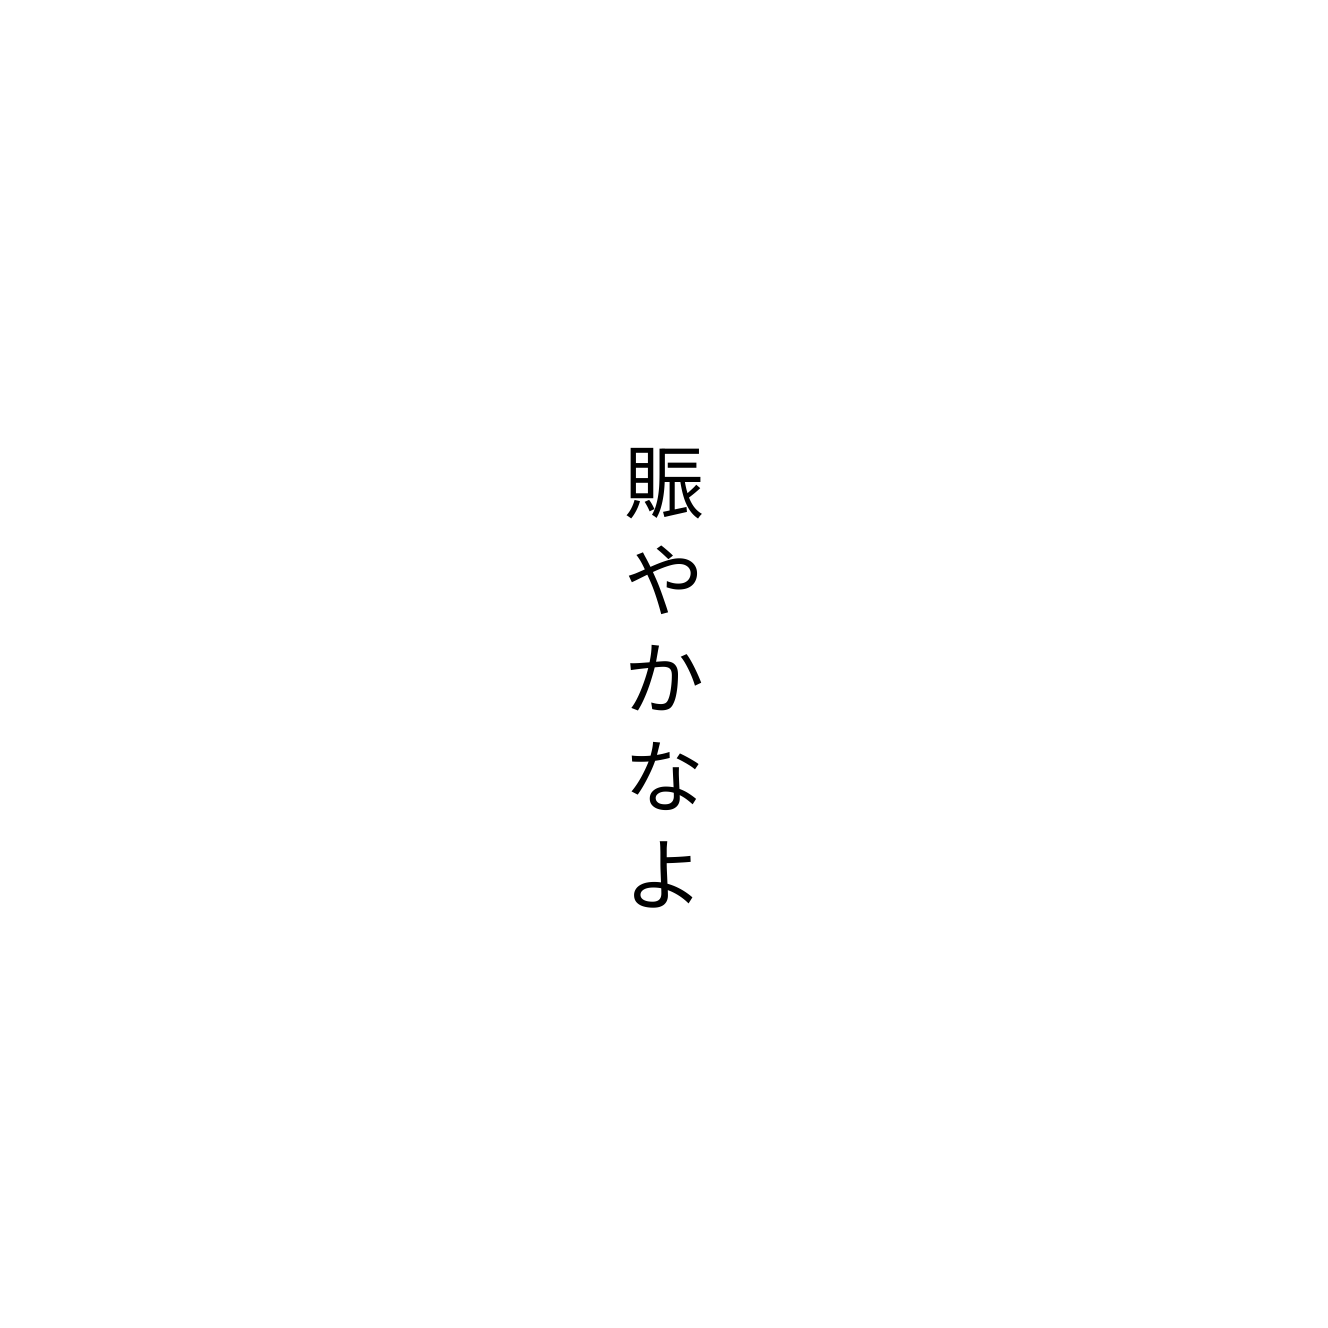
賑やかなよ